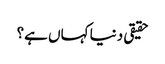
حقیقی دنیا کہاں ہے؟